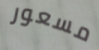
مسعور